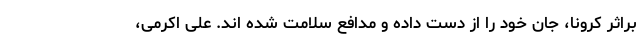
براثر کرونا، جان خود را از دست داده و مدافع سلامت شده اند. علی اکرمی،